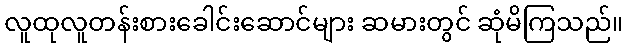
လူထုလူတန်းစားခေါင်းဆောင်များ ဆမားတွင် ဆုံမိကြသည်။